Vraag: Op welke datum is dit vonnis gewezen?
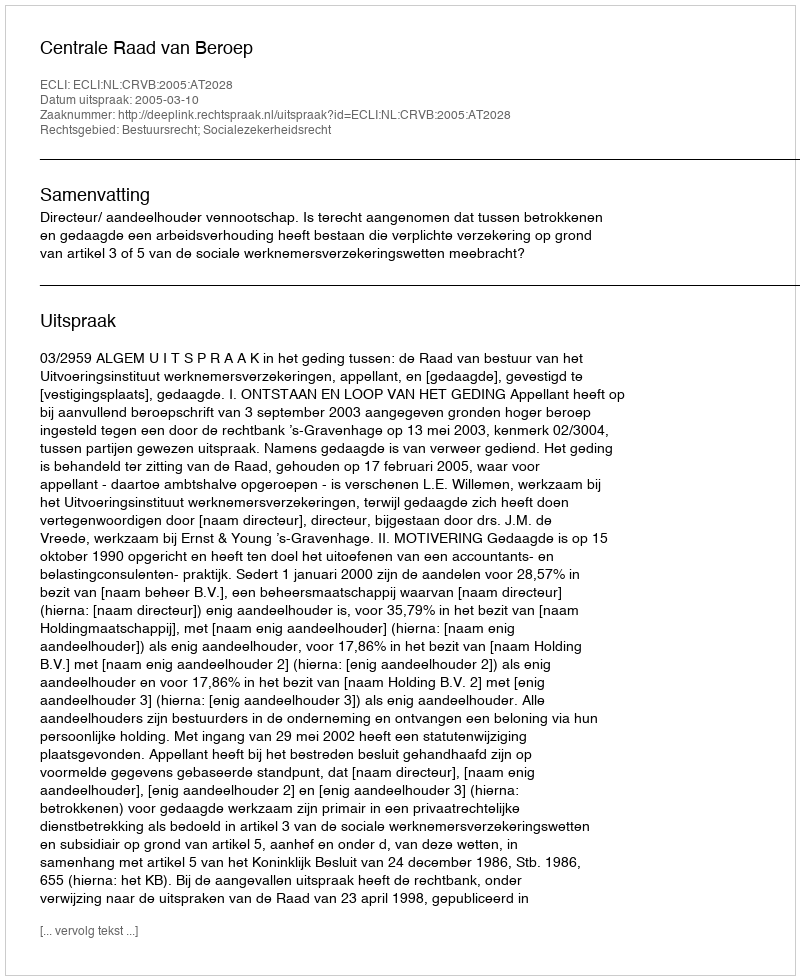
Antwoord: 2005-03-10